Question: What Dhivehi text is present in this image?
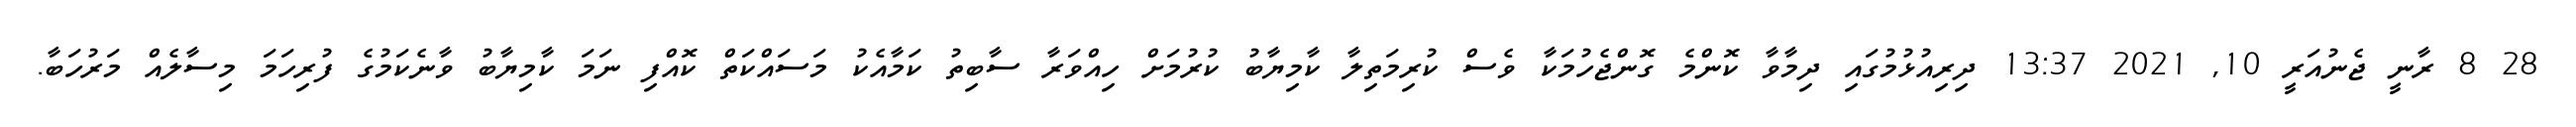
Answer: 28 8 ރާނީ ޖެނުއަރީ 10, 2021 13:37 ދިރިއުޅުމުގައި ދިމާވާ ކޮންމެ ގޮންޖެހުމަކާ ވެސް ކުރިމަތިލާ ކާމިޔާބު ކުރުމަށް ހިއްވަރާ ސާބިތު ކަމާއެކު މަސައްކަތް ކޮއްފި ނަމަ ކާމިޔާބު ވާނެކަމުގެ ފުރިހަމަ މިސާލެއް މަރުހަބާ.